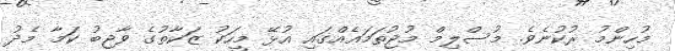
މުހިންމު ރުކުނެވެ. މުސްލިމް މުޖުތަމަޢެއްގައި އުޅޭ މީހަކު ޒަކާތުގެ ވާޖިބު ކަމާ މެދު